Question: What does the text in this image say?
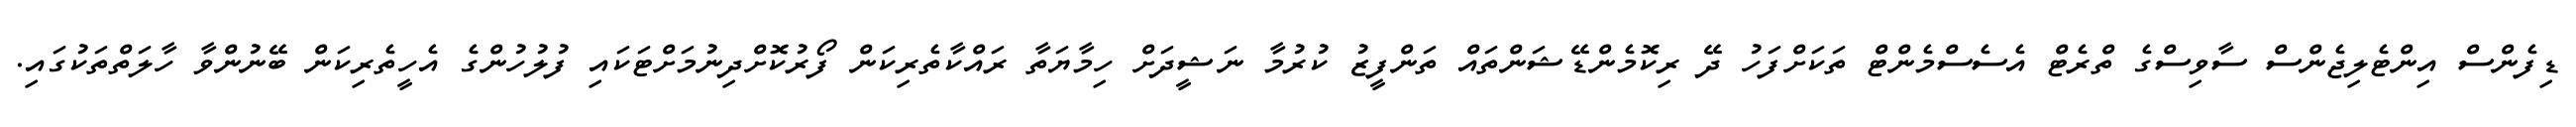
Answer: ޑިފެންސް އިންޓެލިޖެންސް ސާވިސްގެ ތްރެޓް އެސެސްމެންޓް ތަކަށްފަހު ދޭ ރިކޮމެންޑޭޝަންތައް ތަންފީޒު ކުރުމާ ނަޝީދަށް ހިމާޔަތާ ރައްކާތެރިކަން ފޯރުކޮށްދިނުމަށްޓަކައި ފުލުހުންގެ އެހީތެރިކަން ބޭނުންވާ ހާލަތްތަކުގައި.